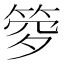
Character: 𥭹